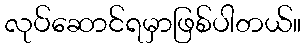
လုပ်ဆောင်ရမှာဖြစ်ပါတယ်။